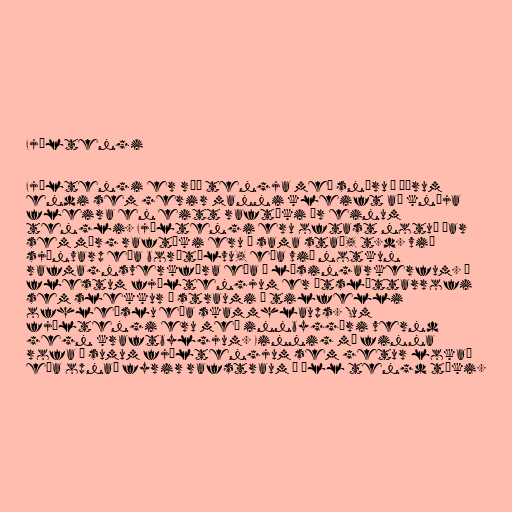
Fjöltengi

Fjöltengi er röð tengja með snúru á öðrum
endi sem gerir manni kleift að knýja
fleira en eitt raftæki úr einum
tengli. Fjöltengi eru oftast notuð þar
sem mörg raftæki eru á sama stað, t.d. við
sjónvarp eða borðtölvu, eða við notkun
rafmagnsverkfæra eða í lýsingarkerfum. Í
flestum fjöltengjum er útsláttarrofi
sem slekkur á straumi í tilfelli
ofhleðslu eða skammhlaups. Sum
fjöltengi eru með innbyggðri vernd
gegn kraftbylgjum. Einnig má finna
rofa á sumum fjöltengjum sem getur lokað
eða opnað fyrir rafstraum í öll tengd tæki.